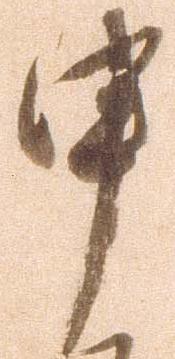
申